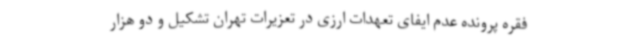
فقره پرونده عدم ایفای تعهدات ارزی در تعزیرات تهران تشکیل و دو هزار